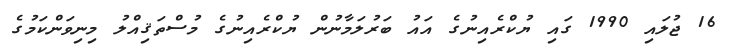
16 ޖުލައި 1990 ގައި ޔުކްރެއިނުގެ އައު ބަރުލަމާނުން ޔުކްރެއިނުގެ މުސްތަޤިއްލު މިނިވަންކަމުގެ